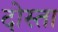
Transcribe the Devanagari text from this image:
दोस्ता